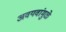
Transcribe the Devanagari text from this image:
अवयवांमुळे